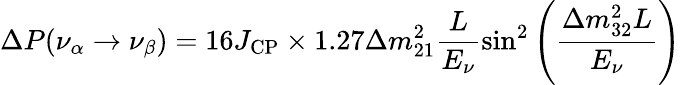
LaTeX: \Delta P(\nu_{\alpha}\rightarrow\nu_{\beta})=16J_{\mathrm{CP}}\times 1.27\Delta m_{21}^{2}\frac{L}{E_{\nu}}\sin^{2}\left(\frac{\Delta m_{32}^{2}L}{E_{\nu}}\right)